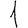
Digit: 1